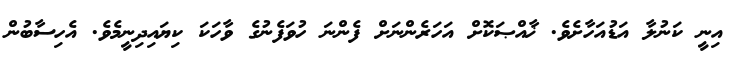
އިނީ ކަނުލާ އަޑުއަހާށެވެ. ޚާއްޞަކޮށް އަހަރެންނަށް ފެންނަ ހުވަފެނުގެ ވާހަކަ ކިޔައިދިނީމެވެ. އެހިސާބުން